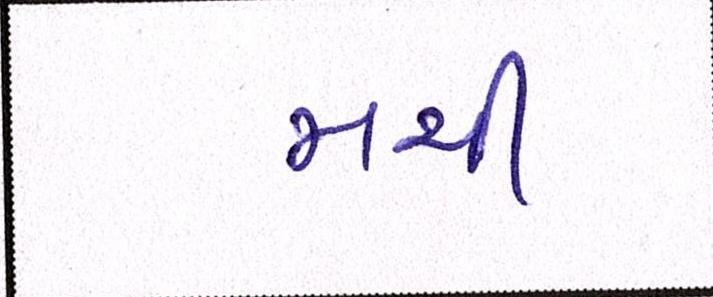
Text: મચી